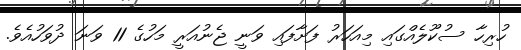
ހުރިހާ ސުކޫލެއްގައި މިއަހަރު ފަށާފައި ވަނީ ޖެނުއަރީ މަހުގެ 11 ވަނަ ދުވަހުއެވެ.